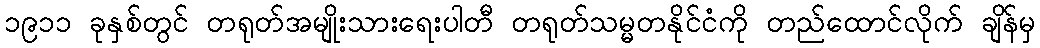
၁၉၁၁ ခုနှစ်တွင် တရုတ်အမျိုးသားရေးပါတီ တရုတ်သမ္မတနိုင်ငံကို တည်ထောင်လိုက် ချိန်မှ